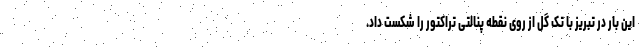
این بار در تبریز با تک گل از روی نقطه پنالتی تراکتور را شکست داد.